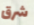
شرق